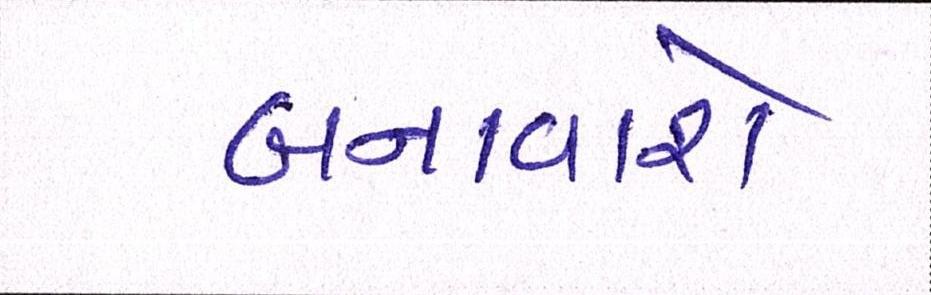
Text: બનાવાશે